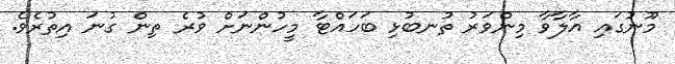
މޫނުގައި އާލާވާ މިންވަރު ތުނބުޅި ބަހައްޓާ މީހުންނަށް ވުރެ ތިން ގުނަ އިތުރެވެ.